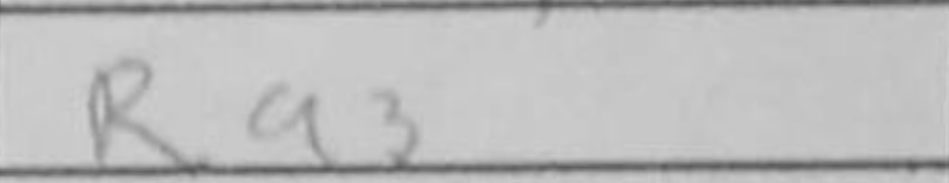
Transcription: Ra3